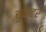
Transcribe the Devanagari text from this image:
बुकेटर